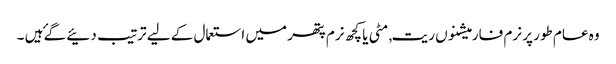
وہ عام طور پر نرم فارمیشنوں ریت, مٹی یا کچھ نرم پتھر میں استعمال کے لیے ترتیب دئیے گۓ ہیں ۔